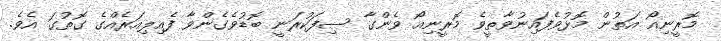
މޮރީނިއޯ އަތުން މޮޅުވެފައިނުވާތީވެ މޮރީނިއޯ ވެންގާ ސިފަކުރަނީ ބޮޑުވެގެންވާ ފެއިލިއަރެއްގެ ގޮތުގަ އެވެ.